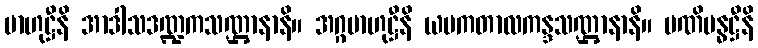
ဗာဟုဋ္ဌီနိ အာဒါသဒဏ္ဍကသဏ္ဌာနာနိ။ အဂ္ဂဗာဟုဋ္ဌီနိ ယမကတာလကန္ဒသဏ္ဌာနာနိ။ မဏိဗန္ဓဋ္ဌီနိ